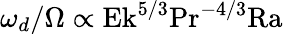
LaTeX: \omega_{d}/\Omega\propto\textrm{Ek}^{5/3}\textrm{Pr}^{-4/3}\textrm{Ra}